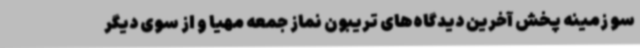
سو زمینه پخش آخرین دیدگاه‌های تریبون نماز جمعه مهیا و از سوی دیگر